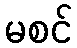
မစင်